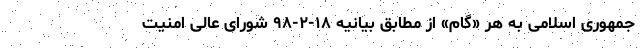
جمهوری اسلامی به هر «گام» از مطابق بیانیه ۱۸-۲-۹۸ شورای عالی امنیت